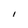
Character: I